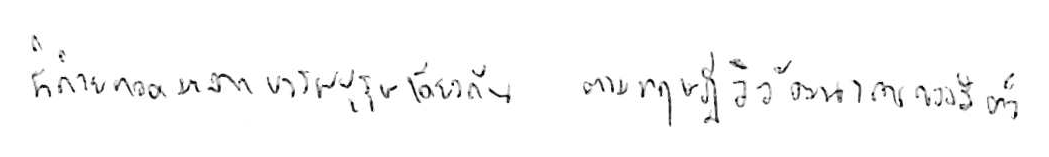
ที่ถ่ายทอดมาจากบรรพบุรุษเดียวกัน ตามทฤษฎีวิวัฒนาการของสัตว์